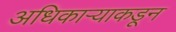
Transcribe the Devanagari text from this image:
अधिकार्‍याकडून